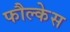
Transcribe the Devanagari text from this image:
फौल्केस